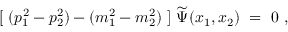
[ \ ( p _ { 1 } ^ { 2 } - p _ { 2 } ^ { 2 } ) - ( m _ { 1 } ^ { 2 } - m _ { 2 } ^ { 2 } ) \ ] \ \widetilde \Psi ( x _ { 1 } , x _ { 2 } ) \ = \ 0 \ ,